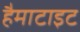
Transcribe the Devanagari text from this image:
हैमाटाइट